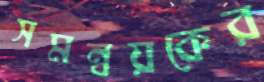
সমন্বয়কের